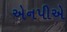
એનપીએ